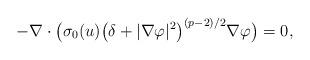
LaTeX: \begin{align*} -\nabla\cdot\big(\sigma_0(u)\big(\delta+|\nabla\varphi|^2\big)^{(p-2)/2}\nabla\varphi\big)=0,\end{align*}